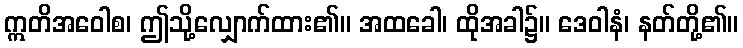
ဣတိအဝေါစ၊ ဤသို့လျှောက်ထား၏။ အထခေါ၊ ထိုအခါ၌။ ဒေဝါနံ၊ နတ်တို့၏။